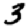
Digit: 3